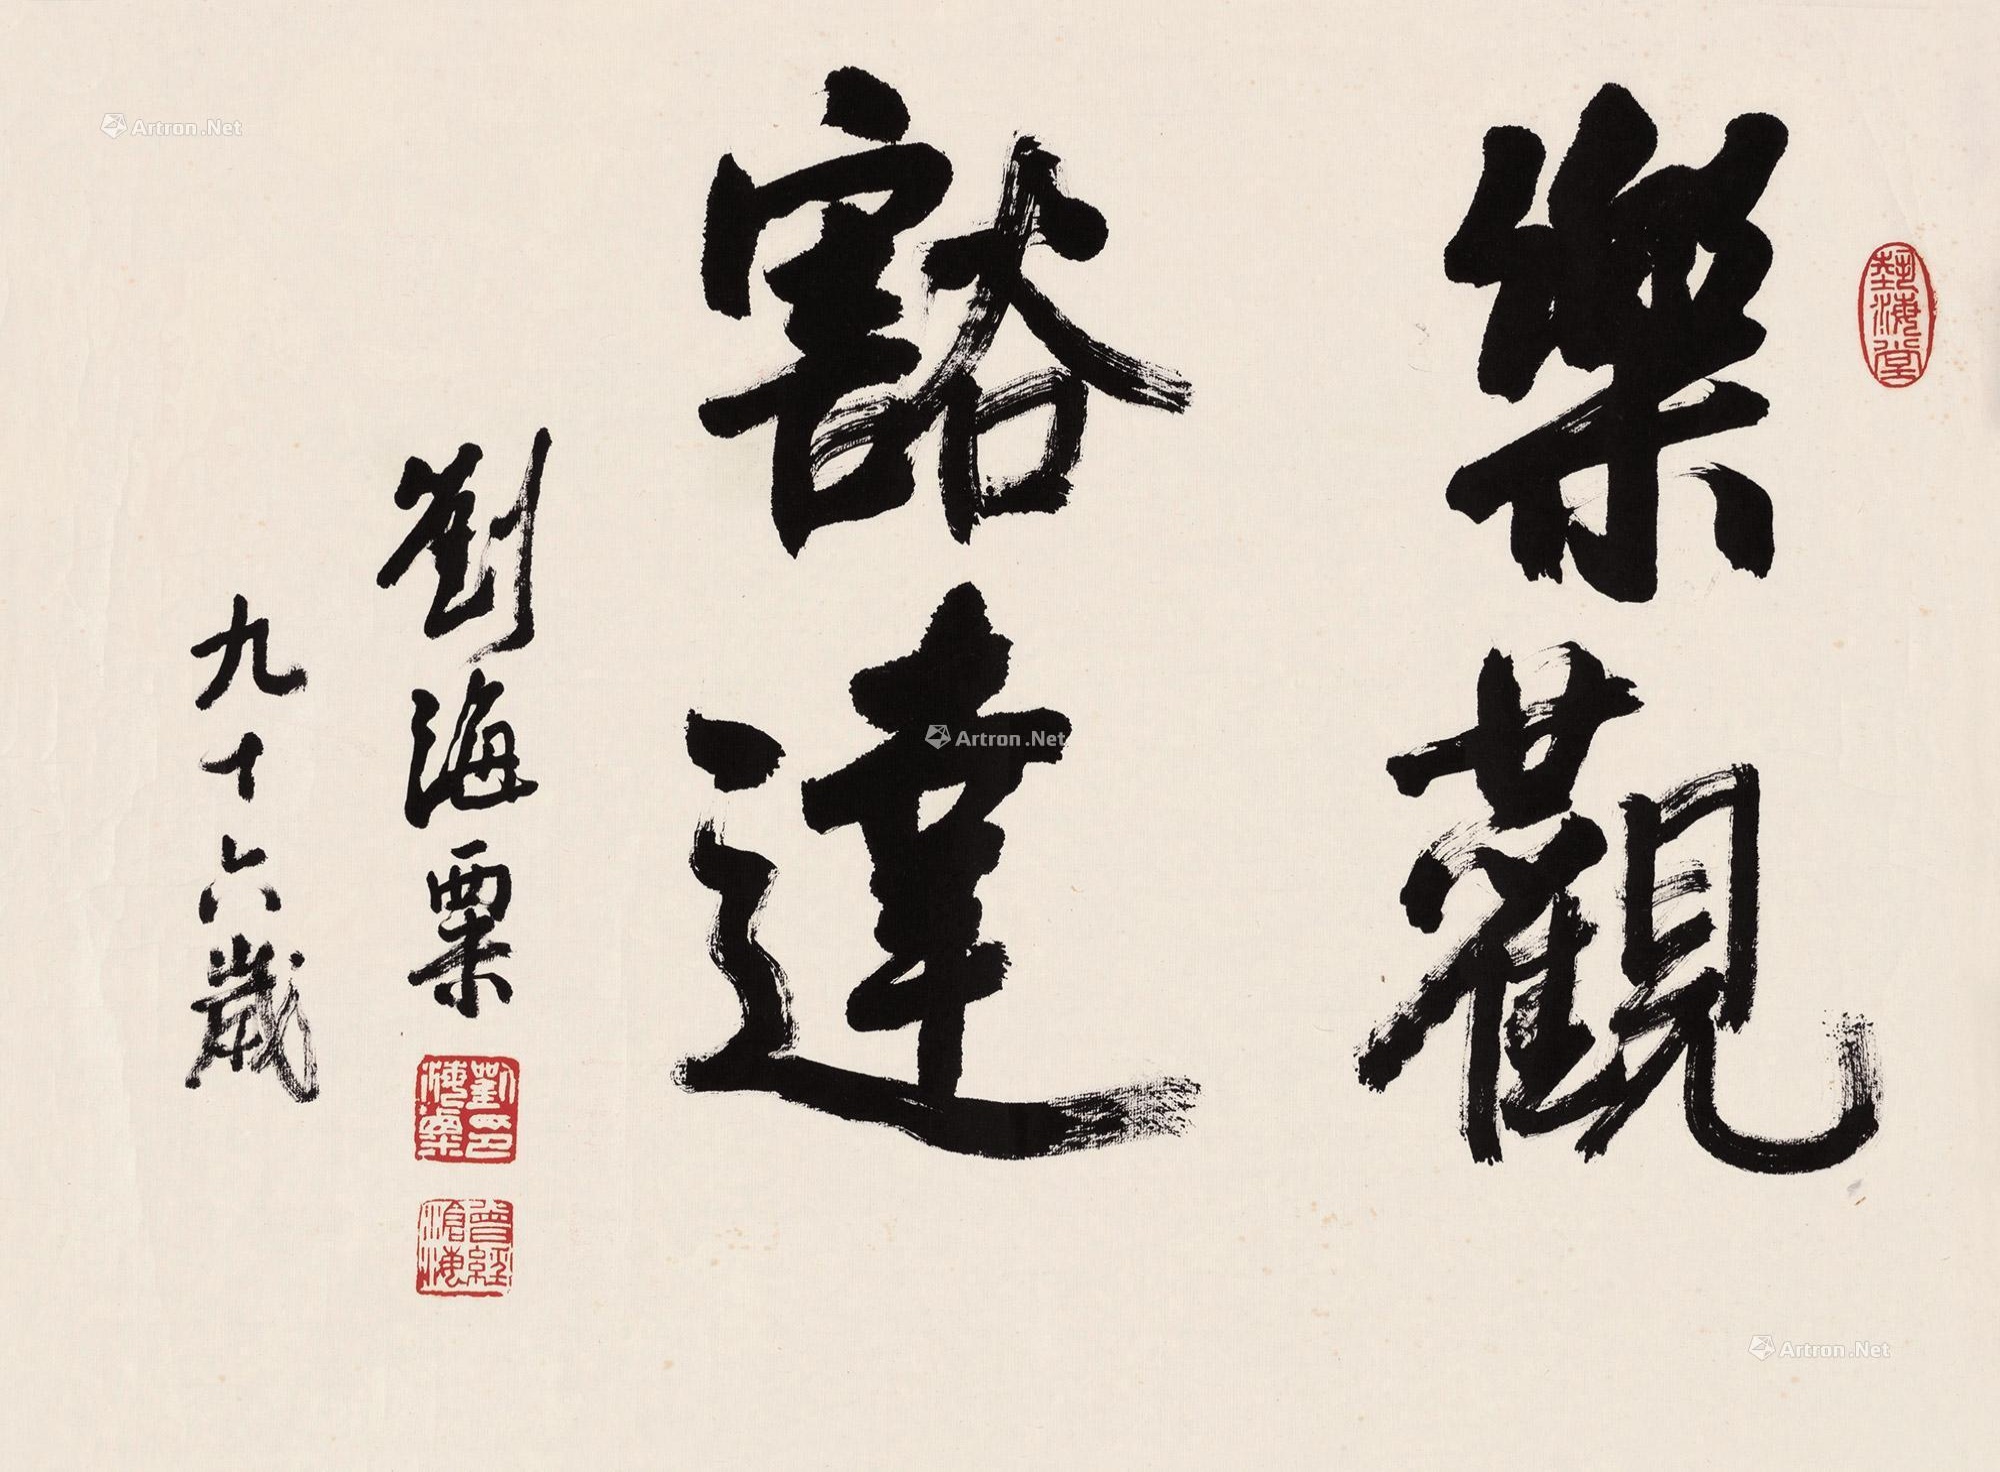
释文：乐观豁达。九十六岁，刘海粟。